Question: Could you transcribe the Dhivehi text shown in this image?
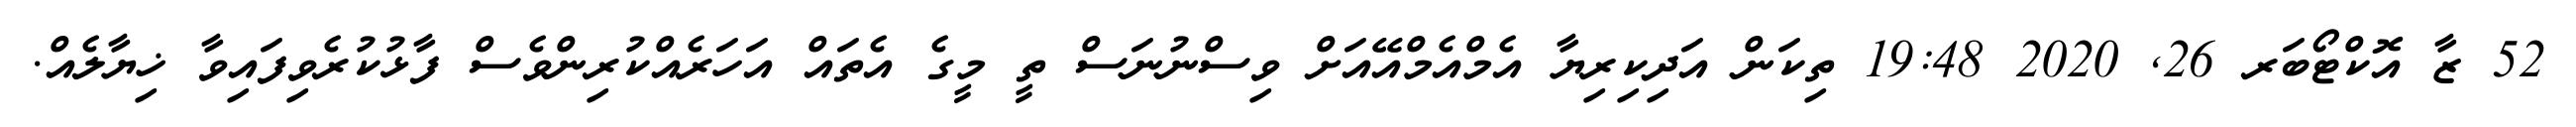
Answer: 52 ޒާ އޮކްޓޯބަރ 26, 2020 19:48 ތިކަން އަދިކިރިޔާ އެމްއެމްއޭއަށް ވިސްނުނަސް ތީ މީގެ އެތައް އަހަރެއްކުރިންވެސް ފާޅުކުރެވިފައިވާ ޚިޔާލެއް.